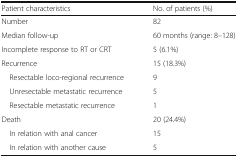
| Patient characteristics | No. of patients (%) |
 | --- | --- |
 | Number | 82 |
 | Median follow-up | 60 months (range: 8–128) |
 | Incomplete response to RT or CRT | 5 (6.1%) |
 | Recurrence | 15 (18.3%) |
 | Resectable loco-regional recurrence | 9 |
 | Unresectable metastatic recurrence | 5 |
 | Resectable metastatic recurrence | 1 |
 | Death | 20 (24.4%) |
 | In relation with anal cancer | 15 |
 | In relation with another cause | 5 |